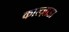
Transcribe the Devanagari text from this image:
काल्ज़ाडा